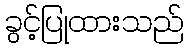
ခွင့်ပြုထားသည်